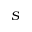
S